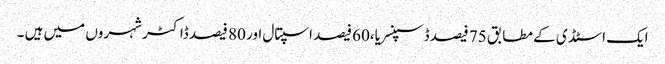
ایک اسٹڈی کے مطابق 75 فیصد ڈسپنسریا،60 فیصد اسپتال اور 80 فیصد ڈاکٹر شہروں میں ہیں ۔